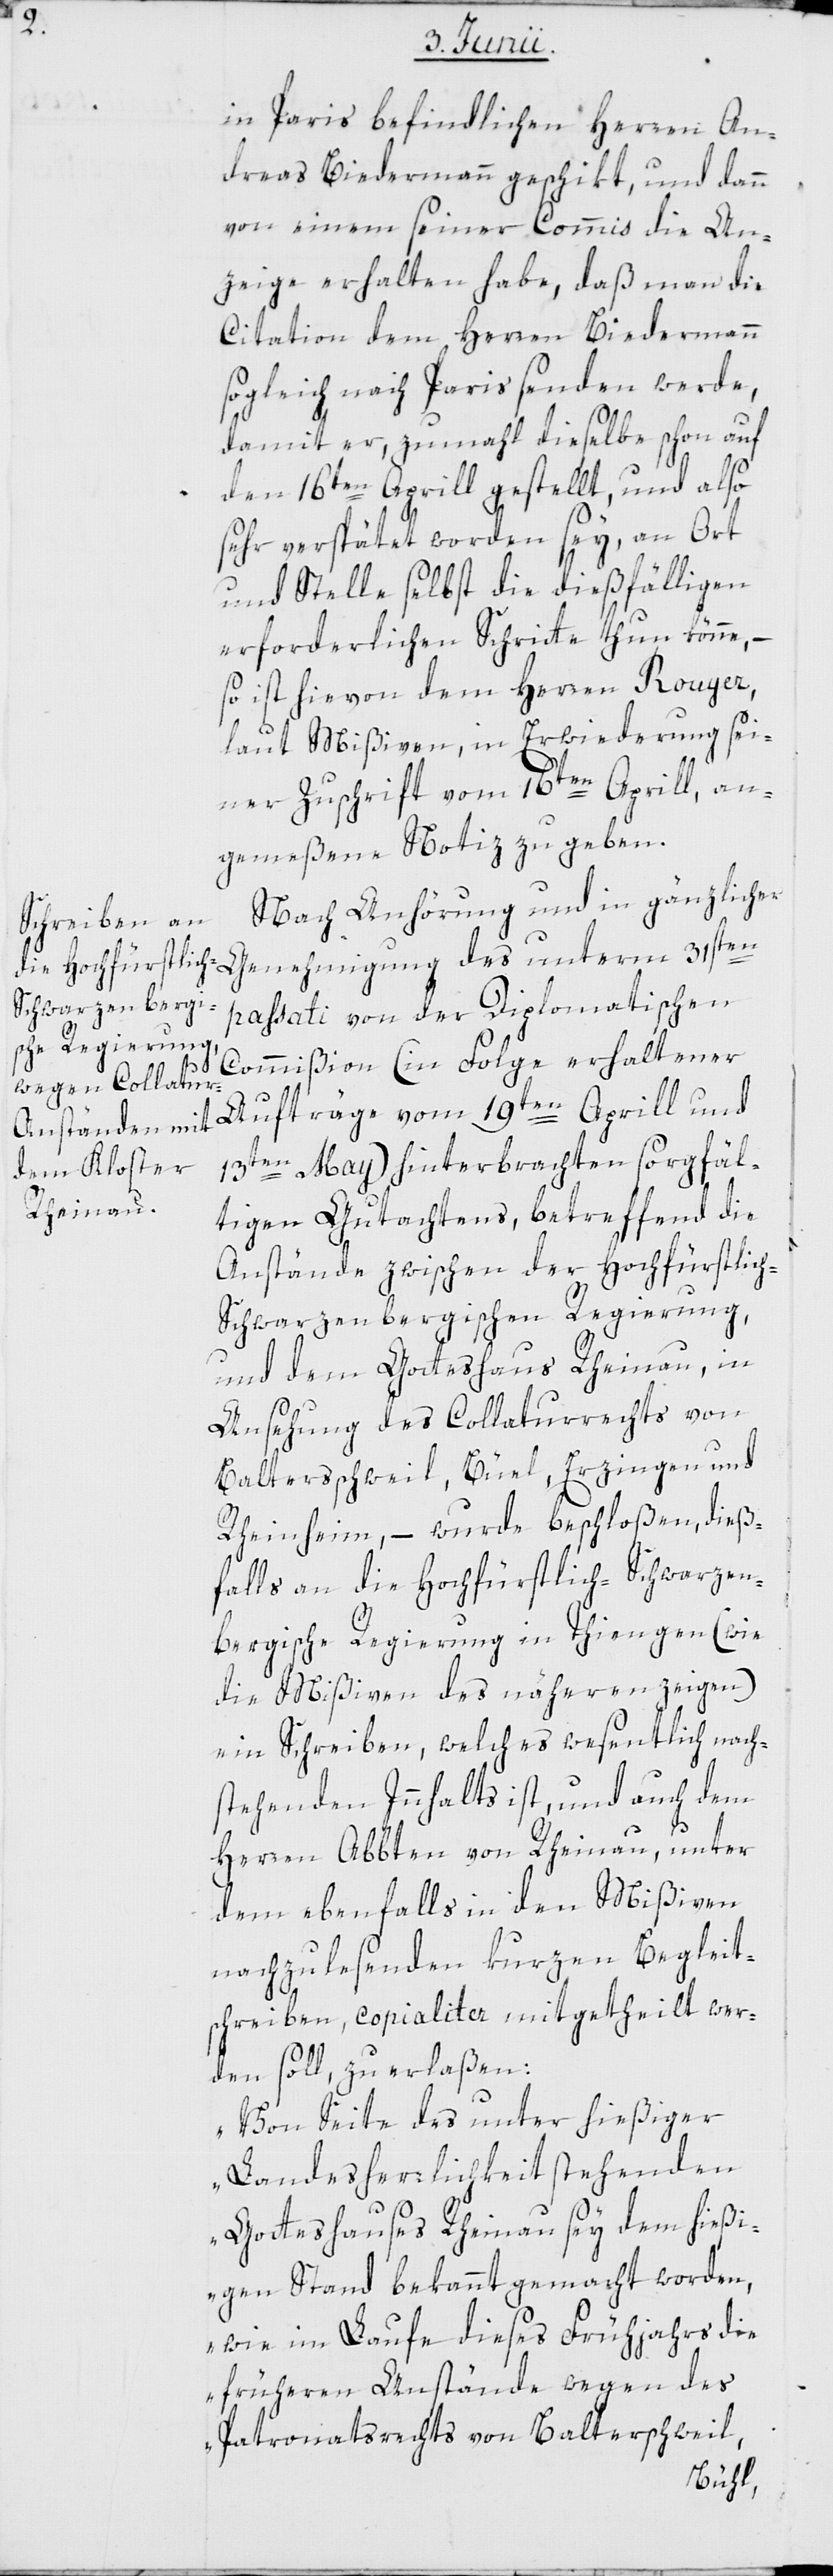
in Paris befindlichen Herren An¬
dreas Biedermann geschikt, und dann
von einem seiner Commis die An¬
zeige erhalten habe, daß man die
Citation dem Herren Biedermann
sogleich nach Paris senden werde,
damit er, zumahl dieselbe schon auf
den 16ten Aprill gestellt, und also
sehr verspätet worden sey, an Ort
und Stelle selbst die dießfälligen
erforderlichen Schritte thun könne, –
so ist hievon dem Herren Rouyer,
laut Mißiven, in Erwiderung sei¬
ner Zuschrift vom 16ten Aprill, an¬
gemeßen Notiz zu geben.
Nach Anhörung und in gänzlicher
passati von der Diplomatischen
Commißion (in Folge erhaltener
des
13ten May) hinterbrachten sorgfäl¬
tigen Gutachtens, betreffend die
Anstände zwischen der Hochfürstlic¬
h-Schwarzenbergischen Regierung,
und dem Gotteshaus Rheinau, in
Ansehung des Collaturrechts von
Balterschweil, Bühl, Erzingen und
Rheinheim, – wurde beschloßen, dieß¬
falls an die Hochfürstlich-Schwarzen¬
bergische Regierung in Thiengen (wie
die Mißiven des näheren zeigen)
ein Schreiben, welches wesentlich nach¬
stehenden Innhalts ist, und auch dem
Herren Abbten von Rheinau, unter
dem ebenfalls in den Mißiven
nachzulesenden kurzen Begleit¬
schreiben, copialiter mitgetheilt wer¬
den soll, zu erlaßen:
„Von Seite des unter hießiger
Landesherrlichkeit stehenden
Gotteshauses Rheinau sey dem hießi¬
gen Stand bekannt gemacht worden,
wie im Laufe dieses Frühjahrs die
früheren Anstände wegen des
Patronatsrechts von Balterschweil,

und